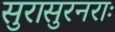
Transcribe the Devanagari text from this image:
सुरासुरनराः